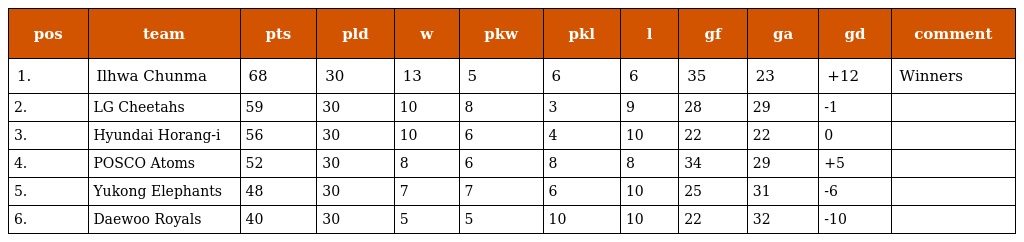
| pos | team | pts | pld | w | pkw | pkl | l | gf | ga | gd | comment |
 | --- | --- | --- | --- | --- | --- | --- | --- | --- | --- | --- | --- |
 | 1. | Ilhwa Chunma | 68 | 30 | 13 | 5 | 6 | 6 | 35 | 23 | +12 | Winners |
 | 2. | LG Cheetahs | 59 | 30 | 10 | 8 | 3 | 9 | 28 | 29 | -1 |  |
 | 3. | Hyundai Horang-i | 56 | 30 | 10 | 6 | 4 | 10 | 22 | 22 | 0 |  |
 | 4. | POSCO Atoms | 52 | 30 | 8 | 6 | 8 | 8 | 34 | 29 | +5 |  |
 | 5. | Yukong Elephants | 48 | 30 | 7 | 7 | 6 | 10 | 25 | 31 | -6 |  |
 | 6. | Daewoo Royals | 40 | 30 | 5 | 5 | 10 | 10 | 22 | 32 | -10 |  |